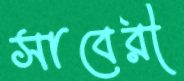
সাবেরী